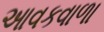
આવકવાળા